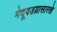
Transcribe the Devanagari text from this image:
मेदूवडय़ासारखे